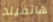
هاتفيلد